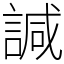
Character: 諴